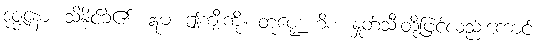
ဒုဇ္ဇနော၊ သိနိုင်ခဲ၏။ ဣမံ၊ ဤကျီးကို။ တုဏ္ဍေဟိစ၊ နှုတ်သီးတို့ဖြင့်လည်းကောင်း။